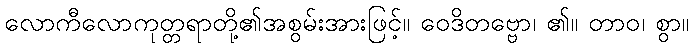
လောကီလောကုတ္တရာတို့၏အစွမ်းအားဖြင့်။ ဝေဒိတဗ္ဗော၊ ၏။ တာဝ၊ စွာ။